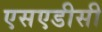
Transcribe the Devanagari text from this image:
एसएडीसी